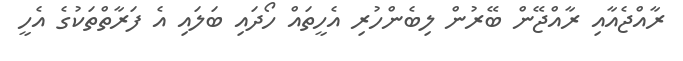
ރާއްޖެއާއި ރާއްޖޭން ބޭރުން ލިބެންހުރި އެހީތައް ހޯދައި ބަލައި އެ ފަރާތްތަކުގެ އެހީ